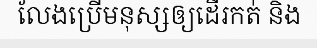
លែងប្រើមនុស្សឲ្យដើរកត់ និង